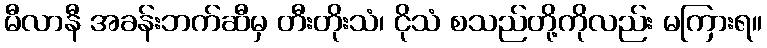
မီလာနီ အခန်းဘက်ဆီမှ တီးတိုးသံ၊ ငိုသံ စသည်တို့ကိုလည်း မကြားရ။